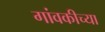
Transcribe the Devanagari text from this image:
गांवकीच्या